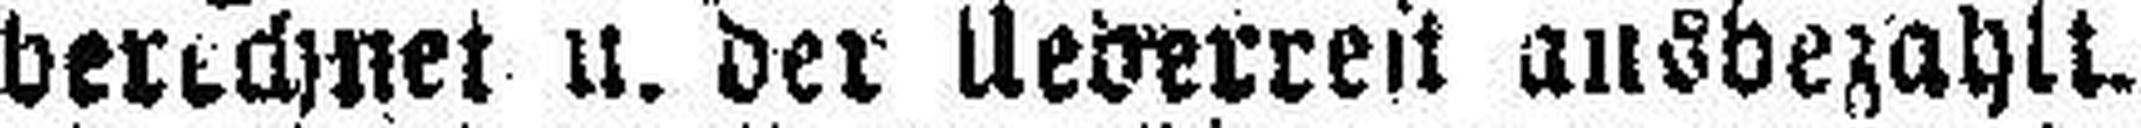
berechnet u. der Ueberreit ausbezahlt.